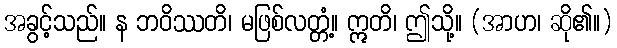
အခွင့်သည်။ န ဘဝိဿတိ၊ မဖြစ်လတ္တံ့။ ဣတိ၊ ဤသို့။ (အာဟ၊ ဆို၏။)